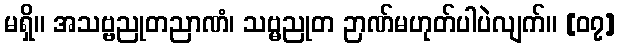
မရှိ။ အသဗ္ဗညုတညာဏံ၊ သဗ္မညုတ ဉာဏ်မဟုတ်ပါပဲလျက်။ [၀၇]